Report of the King Institute of Preventive Medicine, Guindy
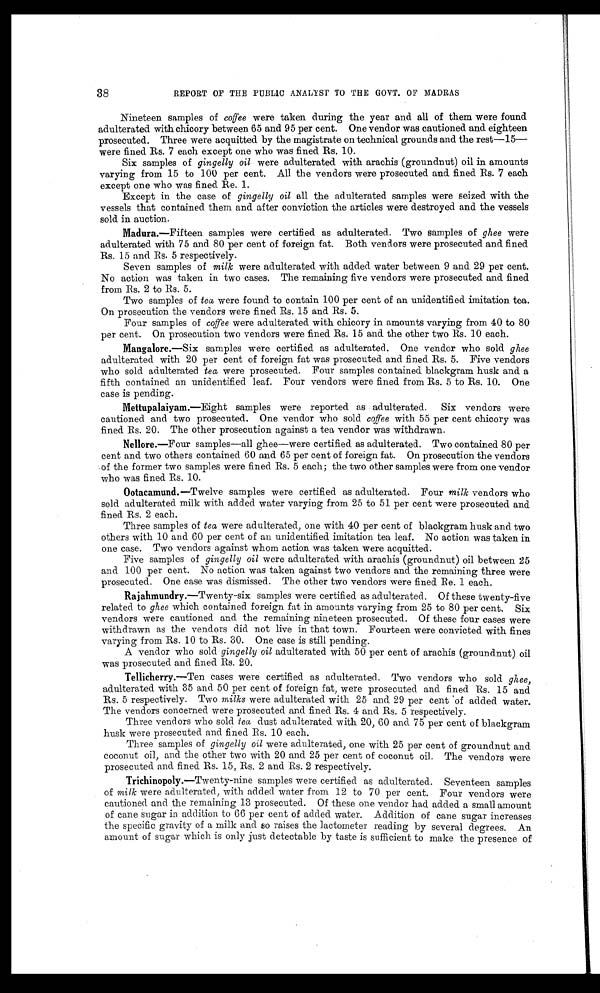
38
REPORT OF THE PUBLIC ANALYST TO THE GOVT. OF MADRAS
Nineteen samples of coffee were taken during the year and all of them were found
adulterated with chicory between 65 and 95 per cent. One vendor was cautioned and eighteen
prosecuted. Three were acquitted by the magistrate on technical grounds and the rest—15
— w e r e f i n e d R s . 7 e a c h e x c e p t o n e w h o w a s f i n e d R s . 1 0 .
Six samples of gingelly oil were adulterated with arachis (groundnut) oil in amounts
varying from 15 to 100 per cent. All the vendors were prosecuted and fined Rs. 7 each
except one who was fined Re. 1.
Except in the case of gingelly oil all the adulterated samples were seized with the
vessels that contained them and after conviction the articles were destroyed and the vessels
sold in auction.
Madura.— Fifteen samples were certified as adulterated. Two samples of ghee were
adulterated with 75 and 80 per cent of foreign fat. Both vendors were prosecuted and fined
Rs. 15 and Rs. 5 respectively.
Seven samples of milk were adulterated with added water between 9 and 29 per cent.
No action was taken in two cases. The remaining five vendors were prosecuted and fined
from Rs. 2 to Rs. 5.
Two samples of tea were found to contain 100 per cent of an unidentified imitation tea.
On prosecution the vendors were fined Rs. 15 and Rs. 5.
Four samples of coffee were adulterated with chicory in amounts varying from 40 to 80
per cent. On prosecution two vendors were fined Rs. 15 and the other two Rs. 10 each.
Mangalore.— Six samples were certified as adulterated. One vendor who sold ghee
adulterated with 20 per cent of foreign fat was prosecuted and fined Rs. 5. Five vendors
who sold adulterated tea were prosecuted. Four samples contained blackgram husk and a
fifth contained an unidentified leaf. Four vendors were fined from Rs. 5 to Rs. 10. One
case is pending.
Mettupalaiyam.— Eight samples were reported as adulterated. Six vendors were
cautioned and two prosecuted. One vendor who sold coffee with 55 per cent chicory was
fined Rs. 20. The other prosecution against a tea vendor was withdrawn.
Nellore.—Four samples—all ghee—were certified as adulterated. Two contained 80 per
cent and two others contained 60 and 65 per cent of foreign fat. On prosecution the vendors
of the former two samples were fined Rs. 5 each; the two other samples were from one vendor
who was fined Rs. 10.
Ootacamund.— Twelve samples were certified as adulterated. Four milk vendors who
sold adulterated milk with added water varying from 25 to 51 per cent were prosecuted and
fined Rs. 2 each.
Three samples of tea were adulterated, one with 40 per cent of blackgram husk and two
others with 10 and 60 per cent of an unidentified imitation tea leaf. No action was taken in
one case. Two vendors against whom action was taken were acquitted.
Five samples of gingelly oil were adulterated with arachis (groundnut) oil between 25
and 100 per cent. No action was taken against two vendors and the remaining three were
prosecuted. One case was dismissed. The other two vendors were fined Re. 1 each.
Rajahmundry.— Twenty-six samples were certified as adulterated. Of these twenty-five
related to ghee which contained foreign fat in amounts varying from 25 to 80 per cent. Six
vendors were cautioned and the remaining nineteen prosecuted. Of these four cases were
withdrawn as the vendors did not live in that town. Fourteen were convicted with fines
varying from Rs. 10 to Rs. 30. One case is still pending.
A vendor who sold gingelly oil adulterated with 50 per cent of arachis (groundnut) oil
was prosecuted and fined. Rs. 20.
Tellicherry.— Ten cases were certified as adulterated. Two vendors who sold ghee,
adulterated with 35 and 50 per cent of foreign fat, were prosecuted and fined Rs. 15 and
Rs. 5 respectively. Two milks were adulterated with 25 and 29 per cent of added water.
The vendors concerned were prosecuted and fined Rs. 4 and Rs. 5 respectively.
Three vendors who sold tea dust adulterated with 20, 60 and 75 per cent of blackgram
husk were prosecuted and fined Rs. 10 each.
Three samples of gingelly oil were adulterated, one with 25 per cent of groundnut and
coconut oil, and the other two with 20 and 25 per cent of coconut oil. The vendors were
prosecuted and fined Rs. 15, Rs. 2 and Rs. 2 respectively.
Trichinopoly.— Twenty-nine samples were certified as adulterated. Seventeen samples
of milk were adulterated, with added water from 12 to 70 per cent. Four vendors were
cautioned and the remaining 13 prosecuted. Of these one vendor had added a small amount
of cane sugar in addition to 66 per cent of added water. Addition of cane sugar increases
the specific gravity of a milk and so raises the lactometer reading by several degrees. An
amount of sugar which is only just detectable by taste is sufficient to make the presence of